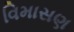
વિમાસણ